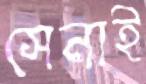
সেনাই